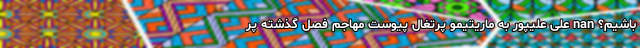
باشیم؟ nan علی علیپور به ماریتیمو پرتغال پیوست مهاجم فصل گذشته پر